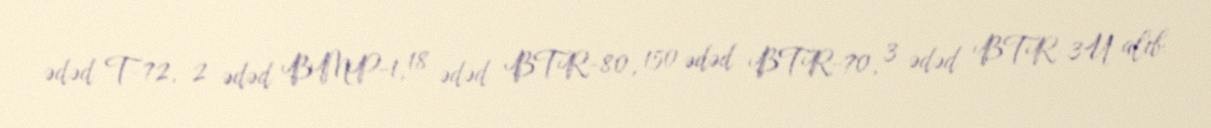
ədəd T-72, 2 ədəd BMP-1, 18 ədəd BTR-80, 150 ədəd BTR-70, 3 ədəd BTR-3U alıb.